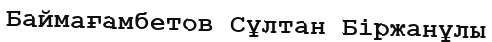
Баймағамбетов Сұлтан Біржанұлы